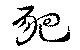
豝